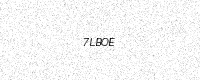
Text: 7LBOE